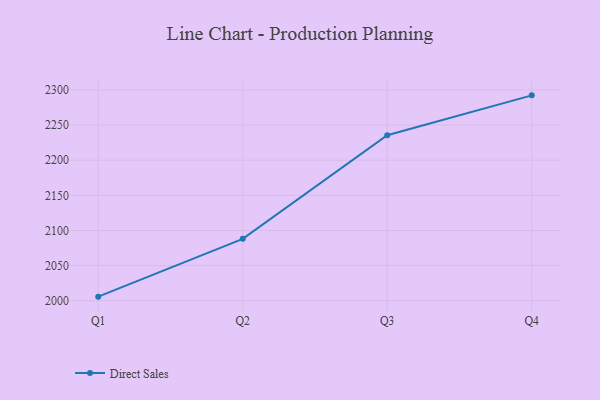
{"axis": {"x": "Quarter", "y": "Waste Production (Tons)"}, "legend": ["Direct Sales"], "data": [{"x": "Q1", "y": 2005.8, "type": "Direct Sales"}, {"x": "Q2", "y": 2088.1, "type": "Direct Sales"}, {"x": "Q3", "y": 2235.5, "type": "Direct Sales"}, {"x": "Q4", "y": 2292.3, "type": "Direct Sales"}]}